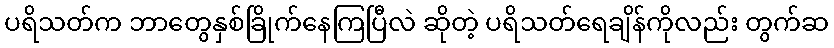
ပရိသတ်က ဘာတွေနှစ်ခြိုက်နေကြပြီလဲ ဆိုတဲ့ ပရိသတ်ရေချိန်ကိုလည်း တွက်ဆ